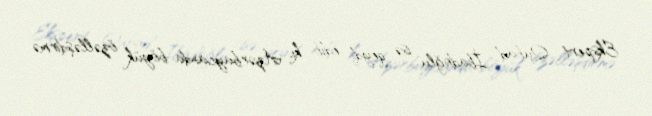
Ekspert Qubad İbadoğlu isə qeyd edib ki, Azərbaycanda böyük özəlləşdirmə